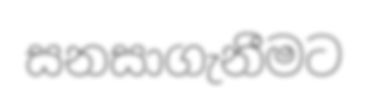
සනසාගැනීමට